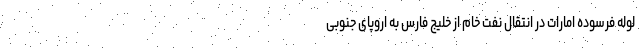
لوله فرسوده امارات در انتقال نفت خام از خلیج فارس به اروپای جنوبی